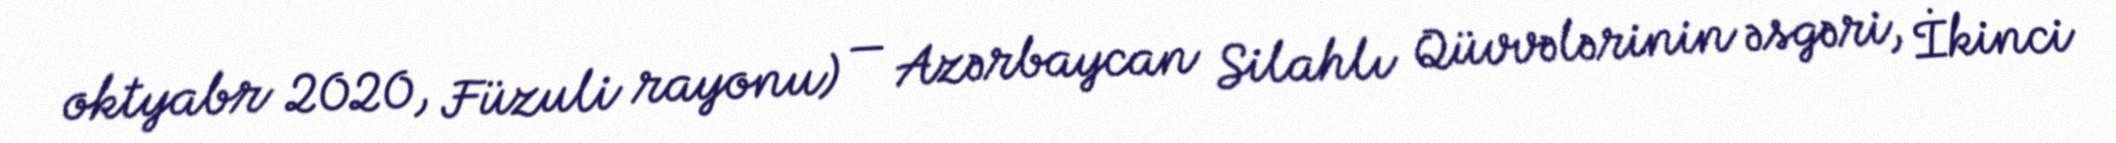
oktyabr 2020, Füzuli rayonu) — Azərbaycan Silahlı Qüvvələrinin əsgəri, İkinci